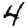
Digit: 4